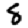
Digit: 8